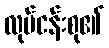
လုပ်ငန်းစု၏